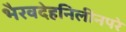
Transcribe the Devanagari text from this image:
भैरवदेहनिलीनपरे